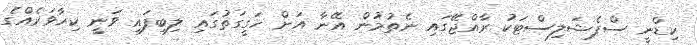
ކިޑްނީ ސްޕެޝަލިސްޓަކު ރާއްޖޭގައި ނެތުމުން އޭނާ އަށް ހަގީގަތުގައި ލިބިފައި ވަނީ ކިހާވަރެއްގެ